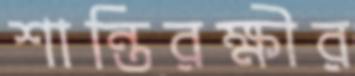
শান্তিরক্ষীর